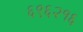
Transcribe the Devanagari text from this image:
६९६२१६